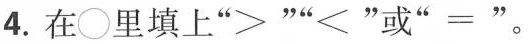
4.在○里填上” ＞””＜”或”=” 。